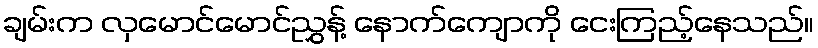
ချမ်းက လှမောင်မောင်ညွှန့် နောက်ကျောကို ငေးကြည့်နေသည်။